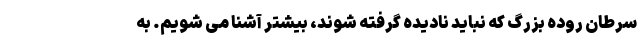
سرطان روده بزرگ که نباید نادیده گرفته شوند، بیشتر آشنا می شویم. به